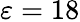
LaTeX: \varepsilon=18